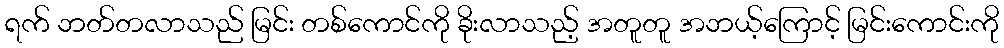
ရက် ဘတ်တလာသည် မြင်း တစ်ကောင်ကို ခိုးလာသည့် အတူတူ အဘယ့်ကြောင့် မြင်းကောင်းကို